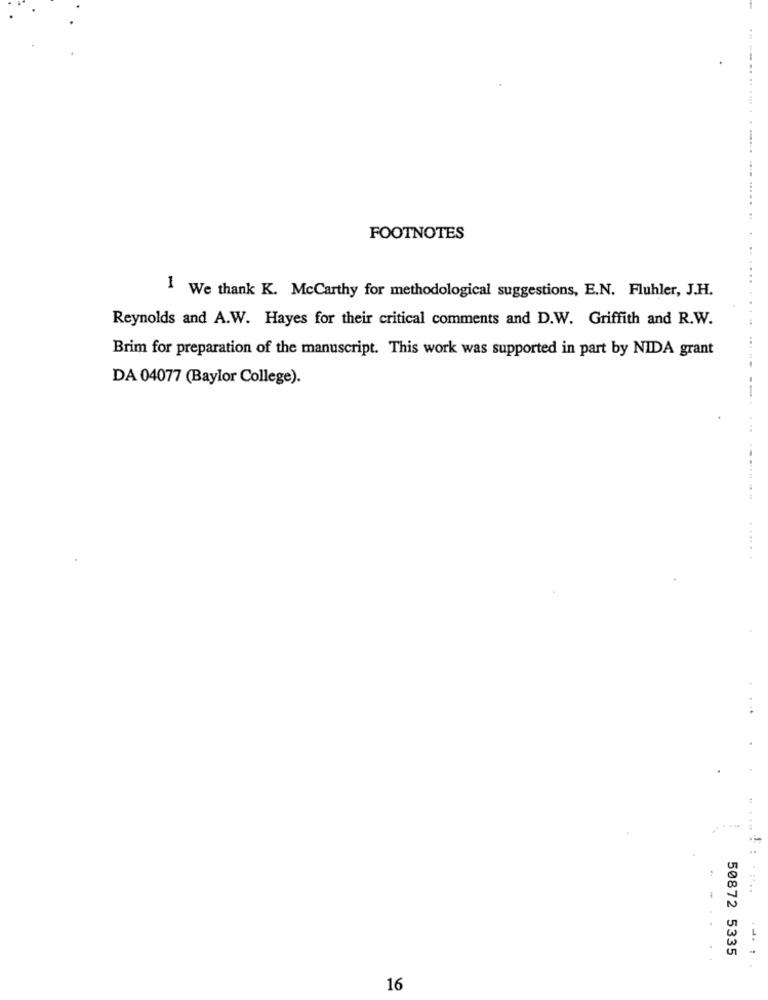
........ .. .... .
FOOTNOTES
1
We thank K. McCarthy for methodological suggestions, E.N. Fluhler, J.H.
Reynolds and A.W. Hayes for their critical comments and D.W. Griffith and R.W.
Brim for preparation of the manuscript. This work was supported in part by NIDA grant
DA 04077 (Baylor College).
..
50872 5335
16